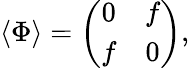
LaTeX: \langle\Phi\rangle=\left(\begin{array}{cc}{{0}}&{{f}}\\ {{f}}&{{0}}\end{array}\right),